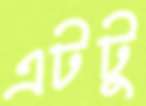
এটটু